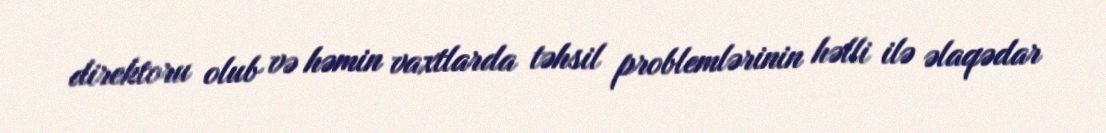
direktoru olub və həmin vaxtlarda təhsil problemlərinin həlli ilə əlaqədar